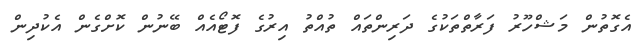
އެގޮތުން މަޝްހޫރު ފަރާތްތަކުގެ ދަރިންތައް ތުއްތު އިރުގެ ފޮޓޯއެއް ބޭނުން ކޮށްގެން އެކުދިން